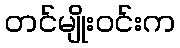
တင်မျိုးဝင်းက